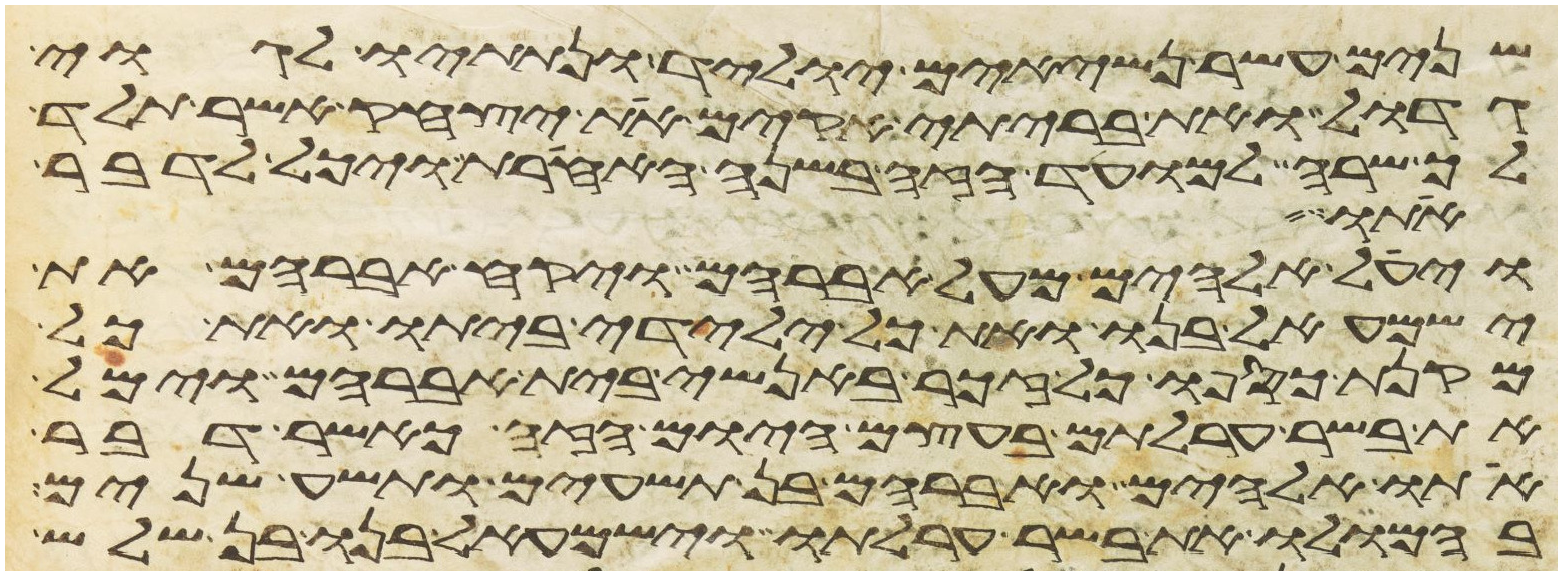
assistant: שנים עשר נשיאים יוליד ונתתיו לגוי
גדול ואת בריתי אקים את יצחק אשר תלד
לך שרה למועד הזה בשנה האחרת ויכל לדבר
אתו
ויעל אלהים מעל אברהם ויקח אברהם את
ישמעאל בנו ואת כל ילידי ביתו ואת כל
מקנת כספו כל זכר באנשי בית אברהם וימל
את בשר ערלתם בעצם היום הזה כאשר דבר
אתו אלהים ואברהם בן תשעים ותשע שנים
בהמלו את בשר ערלתו וישמעאל בנו בן שלש